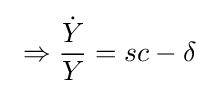
\ \Rightarrow {\frac {\dot {Y}}{Y}}=sc-\delta \